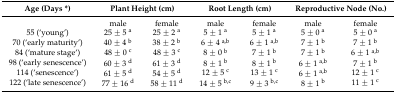
| Age (Days *) | <COLSPAN=2> Plant Height (cm) | <COLSPAN=2> Root Length (cm) | <COLSPAN=2> Reproductive Node (No.) |
 | --- | --- | --- | --- | --- | --- | --- |
 |  | male | female | male | female | male | female |
 | 55 (‘young’) | 25 ± 5 a | 25 ± 2 a | 5 ± 1 a | 5 ± 1 a | 5 ± 0 a | 5 ± 0 a |
 | 70 (‘early maturity’) | 40 ± 4 b | 38 ± 2 b | 6 ± 4 a,b | 6 ± 1 a,b | 7 ± 1 b | 7 ± 1 b |
 | 84 (‘mature stage‘) | 48 ± 0 c | 48 ± 3 c | 8 ± 0 b | 7 ± 1 b | 7 ± 1 b | 6 ± 1 a,b |
 | 98 (‘early senescence’) | 60 ± 3 d | 61 ± 3 d | 8 ± 1 b | 8 ± 1 b | 6 ± 1 a,b | 7 ± 1 b |
 | 114 (‘senescence‘) | 61 ± 5 d | 54 ± 5 d | 12 ± 5 c | 13 ± 1 c | 6 ± 1 a,b | 12 ± 1 c |
 | 122 (‘late senescence’) | 77 ± 16 d | 58 ± 11 d | 14 ± 5 b,c | 9 ± 3 b,c | 8 ± 1 b | 11 ± 1 c |